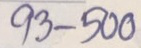
93 - 500